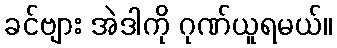
ခင်ဗျား အဲဒါကို ဂုဏ်ယူရမယ်။